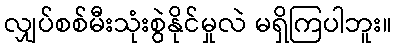
လျှပ်စစ်မီးသုံးစွဲနိုင်မှုလဲ မရှိကြပါဘူး။